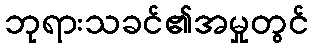
ဘုရားသခင်၏အမှုတွင်